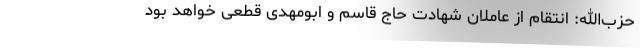
حزب‌الله: انتقام از عاملان شهادت حاج قاسم ‌و ابومهدی ‌قطعی خواهد بود